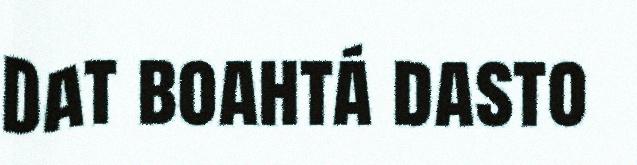
Dat boahtá dasto